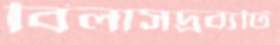
বিলাসদ্রব্যটি